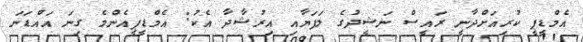
އެމްޑީޕީ ކުރިއަށްދާނީ ރައީސް ނަޝީދުގެ ލަފަޔާއި އިރުޝާދާ އެކު: އެމްޑީޕީއެންމެ ގިނަ އައްޑަނަ